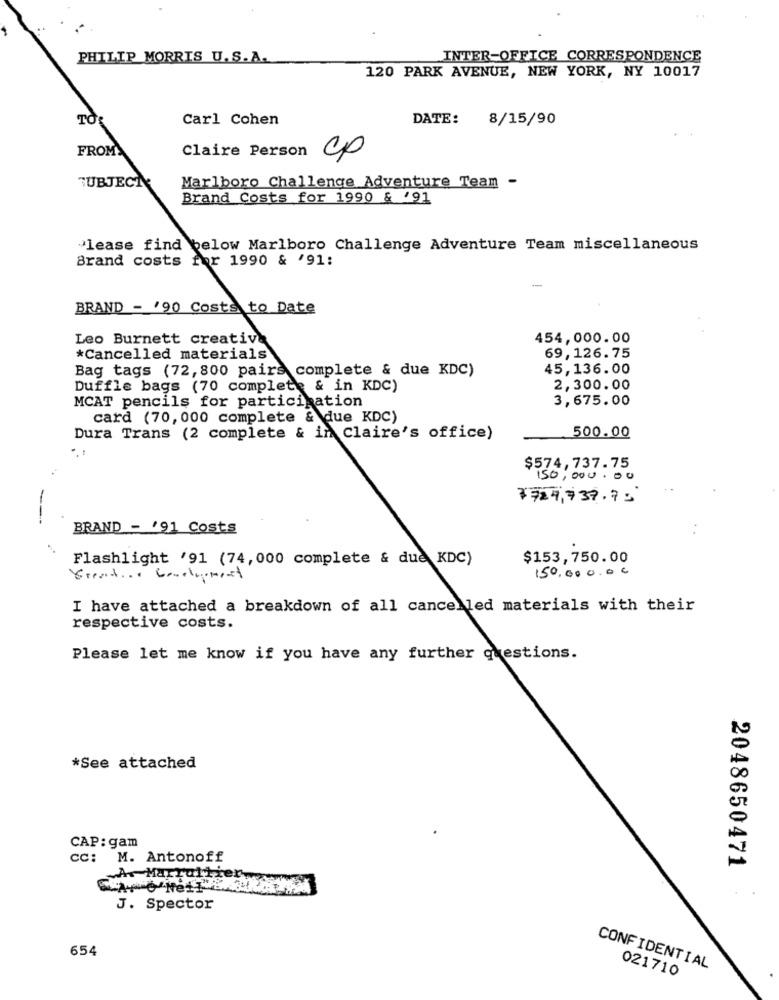
PHILIP MORRIS U.S.A.
INTER-OFFICE CORRESPONDENCE
120 PARK AVENUE, NEW YORK, NY 10017
TO:
Carl Cohen
DATE:
8/15/90
FROM
Claire Person
cp
SUBJECT
Marlboro Challenge Adventure Team -
Brand Costs for 1990 & '91
"lease find below Marlboro Challenge Adventure Team miscellaneous
Brand costs for 1990 & '91:
BRAND - '90 Costs to Date
Leo Burnett creative
454,000.00
*Cancelled materials
69,126.75
Bag tags (72, 800 pairs complete & due KDC)
45,136.00
Duffle bags (70 complete & in KDC)
2,300.00
3,675.00
MCAT pencils for participation
card (70,000 complete & due KDC)
Dura Trans (2 complete & in Claire's office)
500.00
$574,737.75
150,000.00
¥724,737.70
BRAND = '91 Costs
Flashlight '91 (74,000 complete & due KDC)
$153,750.00
150.000,00
Vrradio. Condiment
I have attached a breakdown of all cancelled materials with their
respective costs.
Please let me know if you have any further questions.
*See attached
CAP: gam
cc: M. Antonoff
2048650471
A. Marralige
J. Spector
654
CONFIDENTIAL
021710